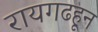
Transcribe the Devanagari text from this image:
रायगढहून